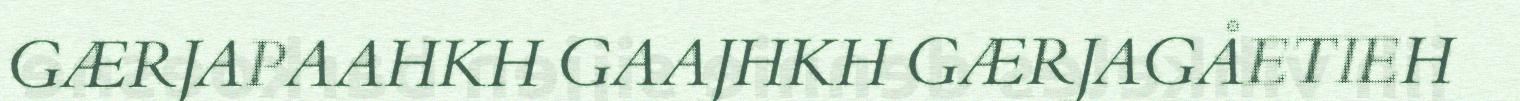
GÆRJAPAAHKH GAAJHKH GÆRJAGÅETIEH